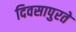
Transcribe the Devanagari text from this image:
दिवसापुरते